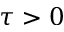
\tau > 0